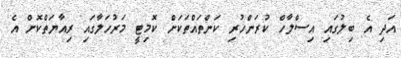
އަދި އެ ބިލުގައި އިސްލާހް ކުރަންހުރި ކަންތައްތަކަށް ކޮމިޓީ މަރުހަލާގައި ރިއާޔަތްކޮށް އެ